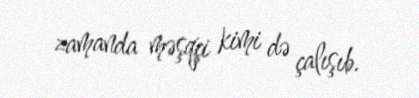
zamanda məşqçi kimi də çalışıb.